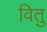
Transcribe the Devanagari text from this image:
वितु